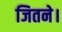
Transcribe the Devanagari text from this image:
जितने।